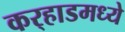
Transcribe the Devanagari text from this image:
कर्‍हाडमध्ये